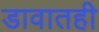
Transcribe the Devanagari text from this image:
डावातही